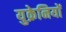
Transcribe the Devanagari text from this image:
युक्रेनियों